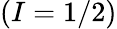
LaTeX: (I=1/2)